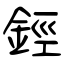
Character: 鋞